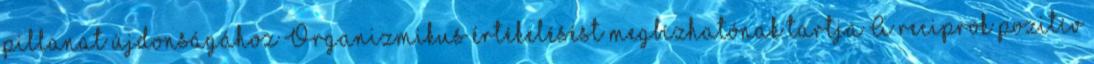
pillanat újdonságához Organizmikus értékelésést megbízhatónak tartja A reciprok pozitív